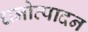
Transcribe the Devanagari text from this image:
धनोत्पादन